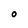
Character: O